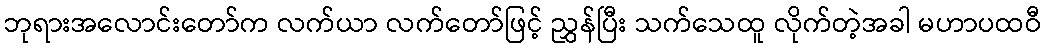
ဘုရားအလောင်းတော်က လက်ယာ လက်တော်ဖြင့် ညွှန်ပြီး သက်သေထူ လိုက်တဲ့အခါ မဟာပထဝီ